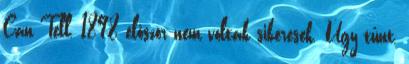
Can Tell, 1898 először nem voltak sikeresek. Úgy tűnt,